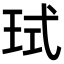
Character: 𪻙